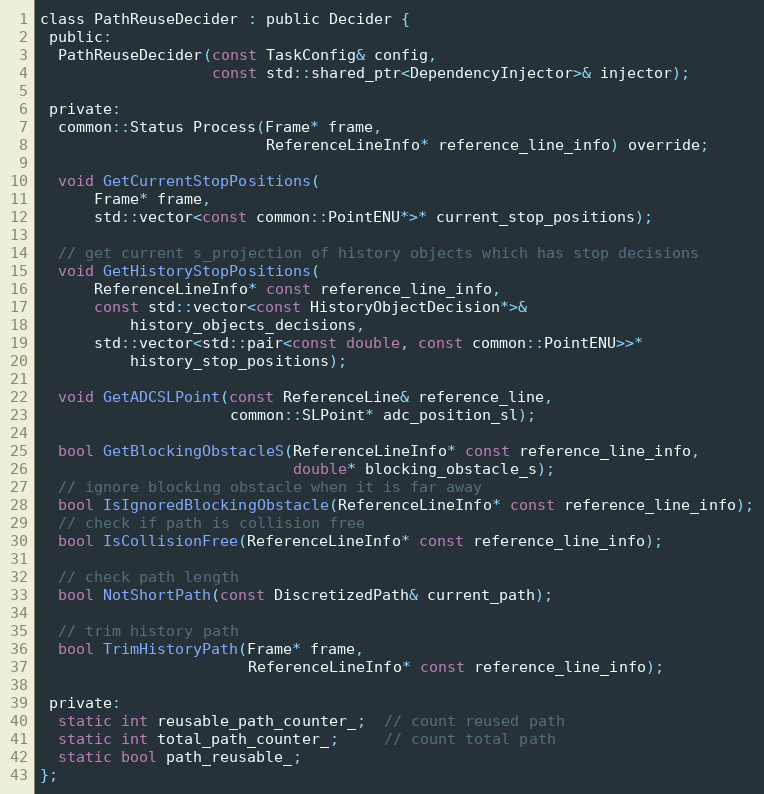
Language: C
class PathReuseDecider : public Decider {
 public:
  PathReuseDecider(const TaskConfig& config,
                   const std::shared_ptr<DependencyInjector>& injector);

 private:
  common::Status Process(Frame* frame,
                         ReferenceLineInfo* reference_line_info) override;

  void GetCurrentStopPositions(
      Frame* frame,
      std::vector<const common::PointENU*>* current_stop_positions);

  // get current s_projection of history objects which has stop decisions
  void GetHistoryStopPositions(
      ReferenceLineInfo* const reference_line_info,
      const std::vector<const HistoryObjectDecision*>&
          history_objects_decisions,
      std::vector<std::pair<const double, const common::PointENU>>*
          history_stop_positions);

  void GetADCSLPoint(const ReferenceLine& reference_line,
                     common::SLPoint* adc_position_sl);

  bool GetBlockingObstacleS(ReferenceLineInfo* const reference_line_info,
                            double* blocking_obstacle_s);
  // ignore blocking obstacle when it is far away
  bool IsIgnoredBlockingObstacle(ReferenceLineInfo* const reference_line_info);
  // check if path is collision free
  bool IsCollisionFree(ReferenceLineInfo* const reference_line_info);

  // check path length
  bool NotShortPath(const DiscretizedPath& current_path);

  // trim history path
  bool TrimHistoryPath(Frame* frame,
                       ReferenceLineInfo* const reference_line_info);

 private:
  static int reusable_path_counter_;  // count reused path
  static int total_path_counter_;     // count total path
  static bool path_reusable_;
};